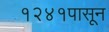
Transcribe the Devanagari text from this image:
१२४१पासून